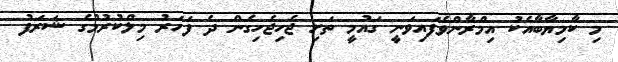
މި ކާމިޔާބާއެކު އިމްރާންވެފައިވަނީ ގައުމީ ތަށި ޖެހިޖެހިގެން ދެ ފަަހަރު މިލްކުރުމުގެ ޝަރަފު